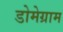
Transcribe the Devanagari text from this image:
डोमेग्राम